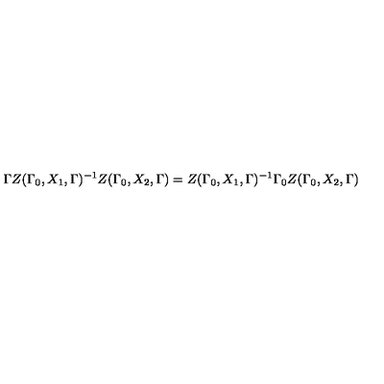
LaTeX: \Gamma Z ( \Gamma _ { 0 } , X _ { 1 } , \Gamma ) ^ { - 1 } Z ( \Gamma _ { 0 } , X _ { 2 } , \Gamma ) = Z ( \Gamma _ { 0 } , X _ { 1 } , \Gamma ) ^ { - 1 } \Gamma _ { 0 } Z ( \Gamma _ { 0 } , X _ { 2 } , \Gamma )